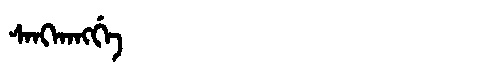
Manchu: ᠰᠠᠩᡴᠠᠩᡤᡝ
Romanization: SANGKANGGE